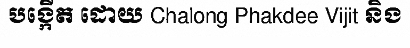
បង្កើត ដោយ Chalong Phakdee Vijit និង